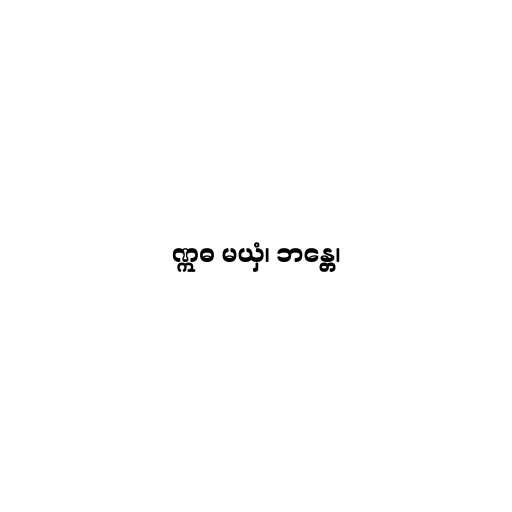
ဣဓ မယှံ၊ ဘန္တေ၊